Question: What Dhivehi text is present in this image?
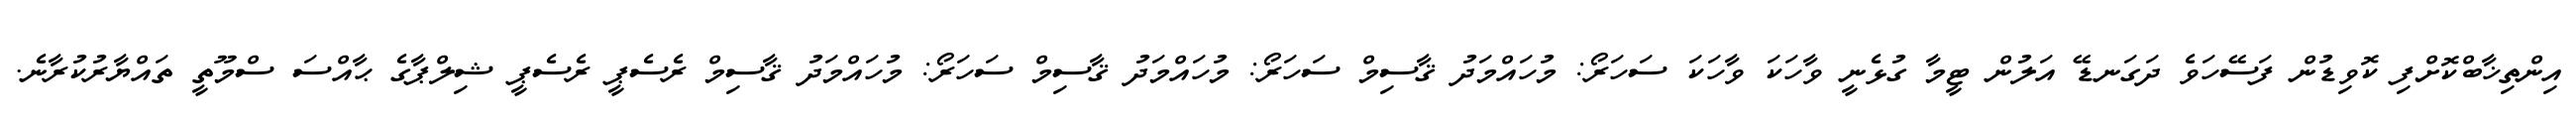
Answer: އިންތިޚާބްކޮށްފި ކޮވިޑުން ފަސޭހަވެ ދަގަނޑޭ އަލުން ޓީމާ ގުޅެނީ ވާހަކަ ވާހަކަ ސަހަރޯ: މުހައްމަދު ޤާސިމް ސަހަރޯ: މުހައްމަދު ޤާސިމް ސަހަރޯ: މުހައްމަދު ޤާސިމް ރެސެޕީ ރެސެޕީ ޝިލްޕާގެ ޙާއްސަ ސްމޫތީ ތައްޔާރުކުރާނެ.